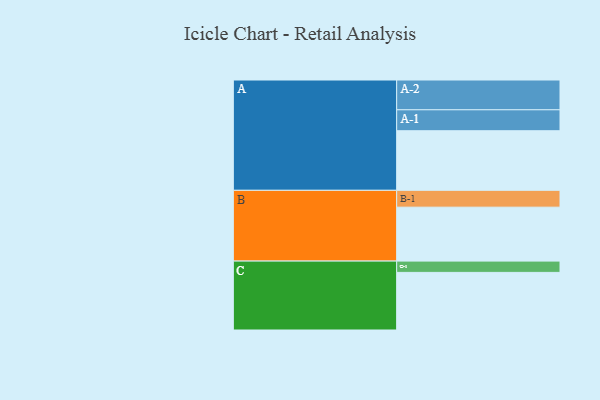
{"axis": {"x": "Segment", "y": "Value"}, "legend": ["", "A", "B", "C"], "data": [{"x": "A", "y": 538, "type": ""}, {"x": "B", "y": 487, "type": ""}, {"x": "C", "y": 520, "type": ""}, {"x": "A-1", "y": 189, "type": "A"}, {"x": "A-2", "y": 269, "type": "A"}, {"x": "B-1", "y": 152, "type": "B"}, {"x": "C-1", "y": 102, "type": "C"}]}